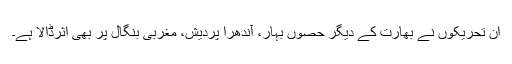
ان تحریکوں نے بھارت کے دیگر حصوں بہار، آندھرا پردیش، مغربی بنگال پر بھی اثرڈالا ہے۔